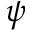
\psi